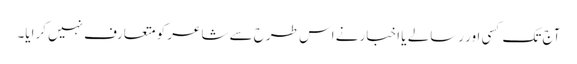
آج تک کسی اور رسالے یا اخبار نے اس طرح سے شاعر کو متعارف نہیں کرایا۔